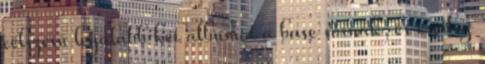
célszerű legalább két albumot a base sornak, és esetleg